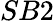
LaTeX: SB2